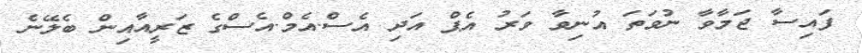
ފައިސާ ޖަމާވާ ނުވަތަ އުނިވާ ވަރު އެޕް އަދި އެސް.އެމް.އެސްގެ ޒަރީއާއިން ބެލޭނެ